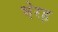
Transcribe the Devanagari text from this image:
भेरह